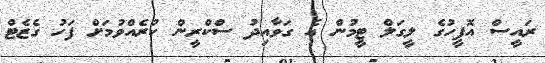
ރައީސް އޮފީހުގެ ލީގަލް ޓީމުން އެ ގަވާއިދު ސްކްރީން ކުރެއްވުމަށް ފަހު ގެޒެޓް